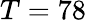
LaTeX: T=78